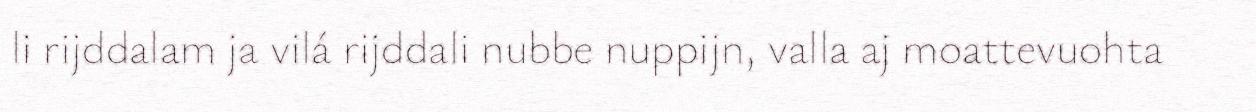
li rijddalam ja vilá rijddali nubbe nuppijn, valla aj moattevuohta